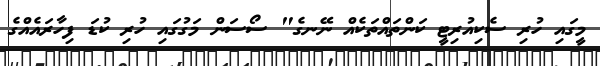
މީގައި ހުރި ސެކިއުރިޓީ ކަންތައްތަކެއް ނޭނގެ" ސޯސަން މަގުގައި ހުރި ކުޑަ ފިހާރައެއްގެ